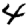
Digit: 4